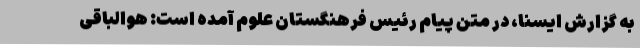
به گزارش ایسنا، در متن پیام رئیس فرهنگستان علوم آمده است: هوالباقی